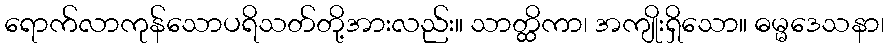
ရောက်လာကုန်သောပရိသတ်တို့အားလည်း။ သာတ္ထိကာ၊ အကျိုးရှိသော။ ဓမ္မဒေသနာ၊